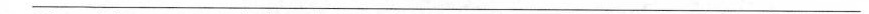
___